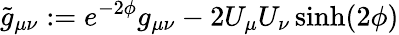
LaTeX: \tilde{g}_{\mu\nu}:=e^{-2\phi}g_{\mu\nu}-2U_{\mu}U_{\nu}\sinh(2\phi)